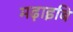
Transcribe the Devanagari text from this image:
मढ़ाइबि